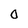
Character: 0